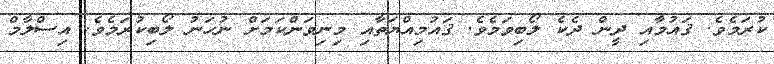
ކުރަމެވެ. ޤައުމާއި ދީން ދެކެ ލޯބިވަމެވެ. ޤައުމިއްޔަތާއި މިނިވަންކަމަށް ނުހަނު ލޯބިކުރަމެވެ. އިސްލާމް